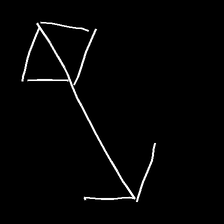
Glyph: focus